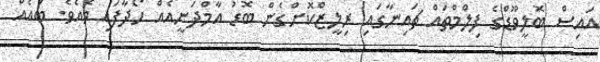
އައިސް ބޮލީވޫޑްގެ ފިލްމްތައް ޗައިނާގައި ރިލީޒްކޮށްގެން ބޮޑު އާމްދަނީއެއް ހޯދާފައި ވެއެވެ. ބައެއް